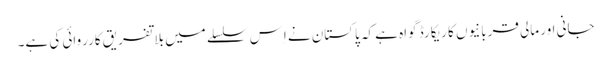
جانی اور مالی قربانیوں کا ریکارڈ گواہ ہے کہ پاکستان نے اِس سلسلے میں بلاتفریق کارروائی کی ہے۔